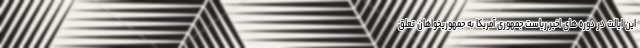
این ایالت در دوره های اخیر ریاست جمهوری آمریکا به جمهوریخواهان تعلق